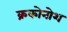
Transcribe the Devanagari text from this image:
क्रकोनोश